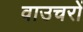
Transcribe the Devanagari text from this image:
वाउचरों